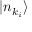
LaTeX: | n _ { k _ { i } } \rangle